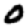
Digit: 0